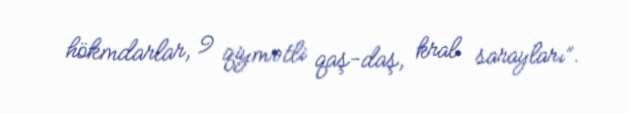
hökmdarlar, 9 qiymətli qaş-daş, kral sarayları”.